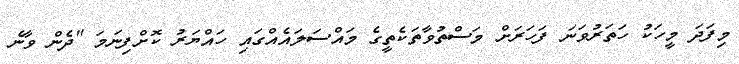
މިފަދަ މީހަކު ހަތަރުވަނަ ފަހަރަށް މަސްތުވާތަކެތީގެ މައްސަލައެއްގައި ހައްޔަރު ކޮށްފިނަމަ "ދެން ވާނެ